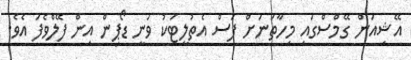
އޭޝިއަން ގޭމްސްގައި މިހާތަނަށް ފަސް އެތުލީޓަކު ވަނީ ޑޯޕިން އިން ފޭލްވެފަ އެވެ.